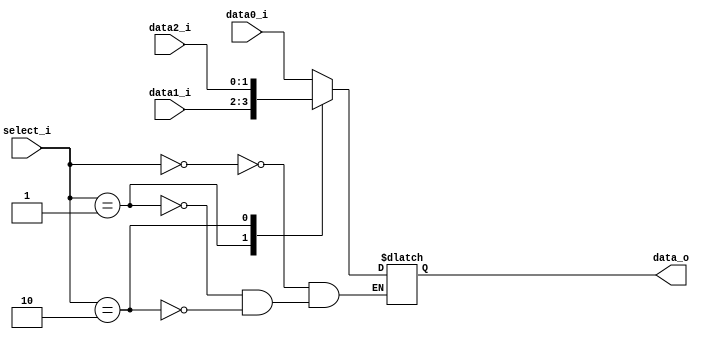
//109550073

`timescale 1ns / 1ps
//////////////////////////////////////////////////////////////////////////////////
// Company: 
// Engineer: 
// 
// Design Name: 
// Module Name: MUX_3to1
// Project Name: 
// Target Devices: 
// Tool Versions: 
// Description: 

// 
// Dependencies: 
// 
// Revision:
// Revision 0.01 - File Created
// Additional Comments:
// 
//////////////////////////////////////////////////////////////////////////////////


module MUX_3to1(
               data0_i,
               data1_i,
	           data2_i,
               select_i,
               data_o
    );
parameter size = 0;			   
			           
input   [size-1:0] data0_i;          
input   [size-1:0] data1_i;
input   [size-1:0] data2_i;
input   [2-1:0]    select_i;
output  [size-1:0] data_o; 

reg     [size-1:0] data_o;

always@(*)begin
	case(select_i)
		2'b00:	data_o<=data0_i;
		2'b01:	data_o<=data1_i;
		2'b10:	data_o<=data2_i;
	endcase
end
endmodule